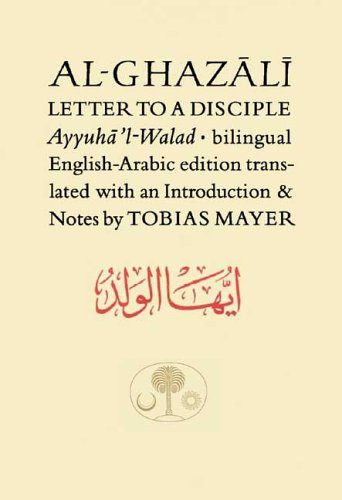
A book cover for Al-Ghazali Letter to a Disciple (Ghazali Series); Abu Hamid Muhammad al-Ghazali; Religion & Spirituality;